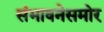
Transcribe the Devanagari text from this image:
संभावनेसमोर